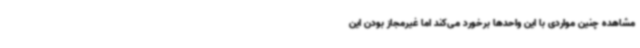
مشاهده چنین مواردی با این واحدها برخورد می‌کند اما غیرمجاز بودن این